Dysentery in Hazaribagh Central Jail - Number 52
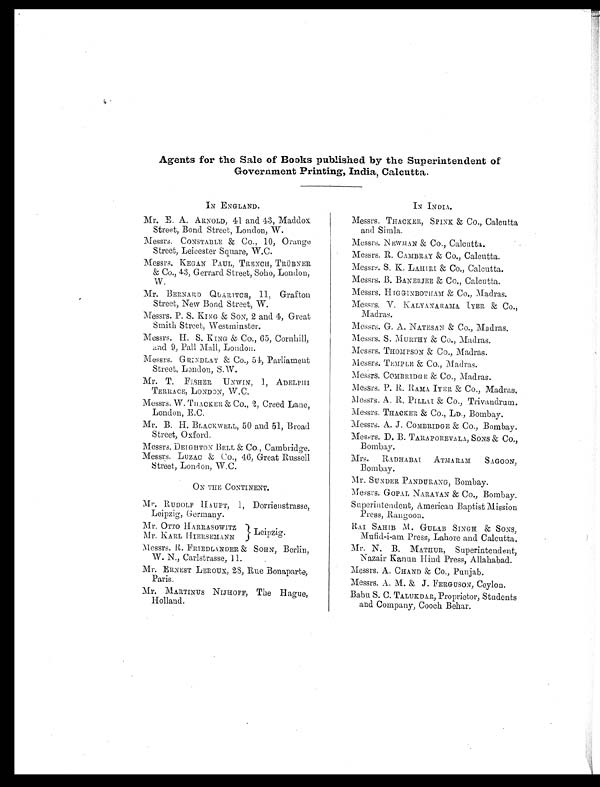
Agents for the Sale of Books published by the Superintendent of
Government Printing, India, Calcutta.
IN ENGLAND.
Mr. E. A. ARNOLD, 41 and 43, Maddox.
Street, Bond Street, London, W.
Messrs. CONSTABLE & CO., 10, Orange
Street, Leicester Square, W.C.
Messrs. KEGAN PAUL, TRENCH, TRÜBNER
& Co., 43, Gerrard Street, Soho, London,
W.
Mr. BERNARD QUARITCH, 11, Grafton
Street, New Bond Street, W.
Messrs. P. S. KING & SON, 2 and 4, Great
Smith Street Westminster.
Messrs. H. S. KING & Co., 65, Cornhill,
and 9, Pall Mall, London.
Messrs. G RINDLAY & Co., 54, Parliament
Street, London., S.W.
Mr. T. FISHER UNWIN, 1, ADELPHI
TERRACE, LONDON, W.C.
Messrs. W. THACKER, & Co., 2, Creed Lane,
London, E.C.
Mr. B. H. BLACKWELL, 50 and 51, Broad
Street, Oxford.
Messrs. DEIGHTON BELL & Co., Cambridge.
Messrs. LUZAC & Co., 46, Great Russell
Street, London, W.C.
ON THE CONTINENT.
Mr. RUDOLF HAUPT, 1, Dorrienstrasse,
Leipzig, Germany.
Mr, OTTO HARRASOWITZ
Mr. KARL HIERSEMANN
L e i p z i g .
Messrs. R. FRIEDLANDER & SOHN, Berlin,
W. N., Carlstrasse, 11.
Mr. ERNEST LEROUX, 28, Rue Bonaparte,
Paris.
Mr. MARTINUS NIJHOFF, The Hague,
Holland.
IN INDIA.
Messrs, THACKER, SPINK & Co., Calcutta
and Simla.
Messrs. NEWMAN & Co., Calcutta..
Messrs. R. CAMBRAY & Co., Calcutta.
Messrs. S. K. LAHIRI & Co., Calcutta.
Messrs. B. BANERJEE & Co., Calcutta.
Messrs. HIGGINBOTHAM & Co., Madras.
Messrs. V. KALYANARAMA IYER & Co.,
Madras.
Messrs. G. A. NATESAN & Co., Madras.
Messrs. S. MURTHY & Co., Madras.
Messrs. THOMPSON & Co., Madras.
Messrs. TEMPLE & Co., Madras.
Messrs. COMBRIDGE & Co., Madras.
Messrs. P. R. RAMA. IYER & Co., Madras.
Messrs. A. R. PILLAI & Co., Trivandrum.
Messrs, THACKER & Co., Bombay.
Messrs. A. J. COMBRIDGE & Co., Bombay.
Messrs. D. B. TARAPOREVALA, SONS & Co.,
Bombay.
Mrs. RADHABAI ATMARAM SAGOON,
Bombay.
Mr. SUNDER PANDURANG, Bombay.
Messrs. GOPAL NARAYAN & Co., Bombay.
Superintendent, American Baptist Mission
Press, Rangoon.
RAI SAHIB M. GULAB SINGH & SONS,
Mufid-i-am Press, Lahore and Calcutta.
Mr. N. B. MATHUR, Superintendent,
Nazair Kanun Hind Press, Allahabad.
Messrs. A. CHAND & Co., Punjab.
Messrs. A. M. & J. FERGUSON, Ceylon.
Baba S. C. TALUKDAR, Proprietor, Students
and Company, Cooch Behar.